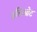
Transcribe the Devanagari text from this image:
इलिओट